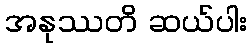
အနုဿတိ ဆယ်ပါး